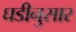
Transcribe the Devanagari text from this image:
घडीनुसार